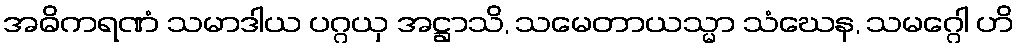
အဓိကရဏံ သမာဒါယ ပဂ္ဂယှ အဋ္ဌာသိ, သမေတာယသ္မာ သံဃေန, သမဂ္ဂေါ ဟိ